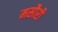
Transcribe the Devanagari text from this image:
मसौरी